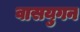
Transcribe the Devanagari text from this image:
वासयुगन